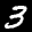
Label: 3